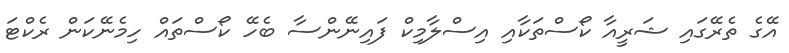
އޭގެ ތެރޭގައި ޝަރީއާ ކޯސްތަކާއި އިސްލާމިކް ފައިނޭންސާ ބެހޭ ކޯސްތައް ހިމެނޭކަން ރެކްޓަ